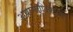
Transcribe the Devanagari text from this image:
अप्रामाणिकपणा